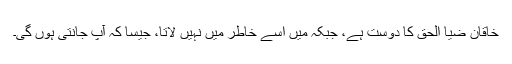
خاقان ضیا الحق کا دوست ہے، جبکہ میں اسے خاطر میں نہیں لاتا، جیسا کہ آپ جانتی ہوں گی۔